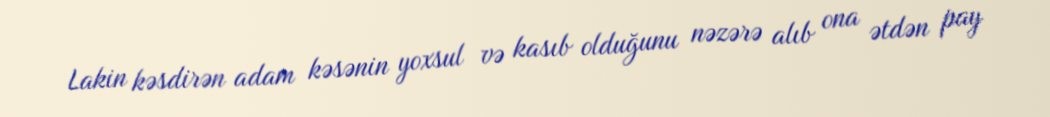
Lakin kəsdirən adam kəsənin yoxsul və kasıb olduğunu nəzərə alıb ona ətdən pay